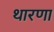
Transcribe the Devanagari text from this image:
थारणा